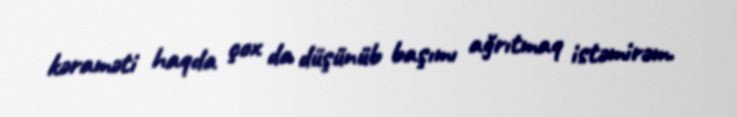
kəraməti haqda çox da düşünüb başımı ağrıtmaq istəmirəm.